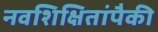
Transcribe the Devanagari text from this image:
नवशिक्षितांपैकी